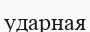
ударная